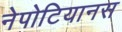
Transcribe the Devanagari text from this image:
नेपोटियानस